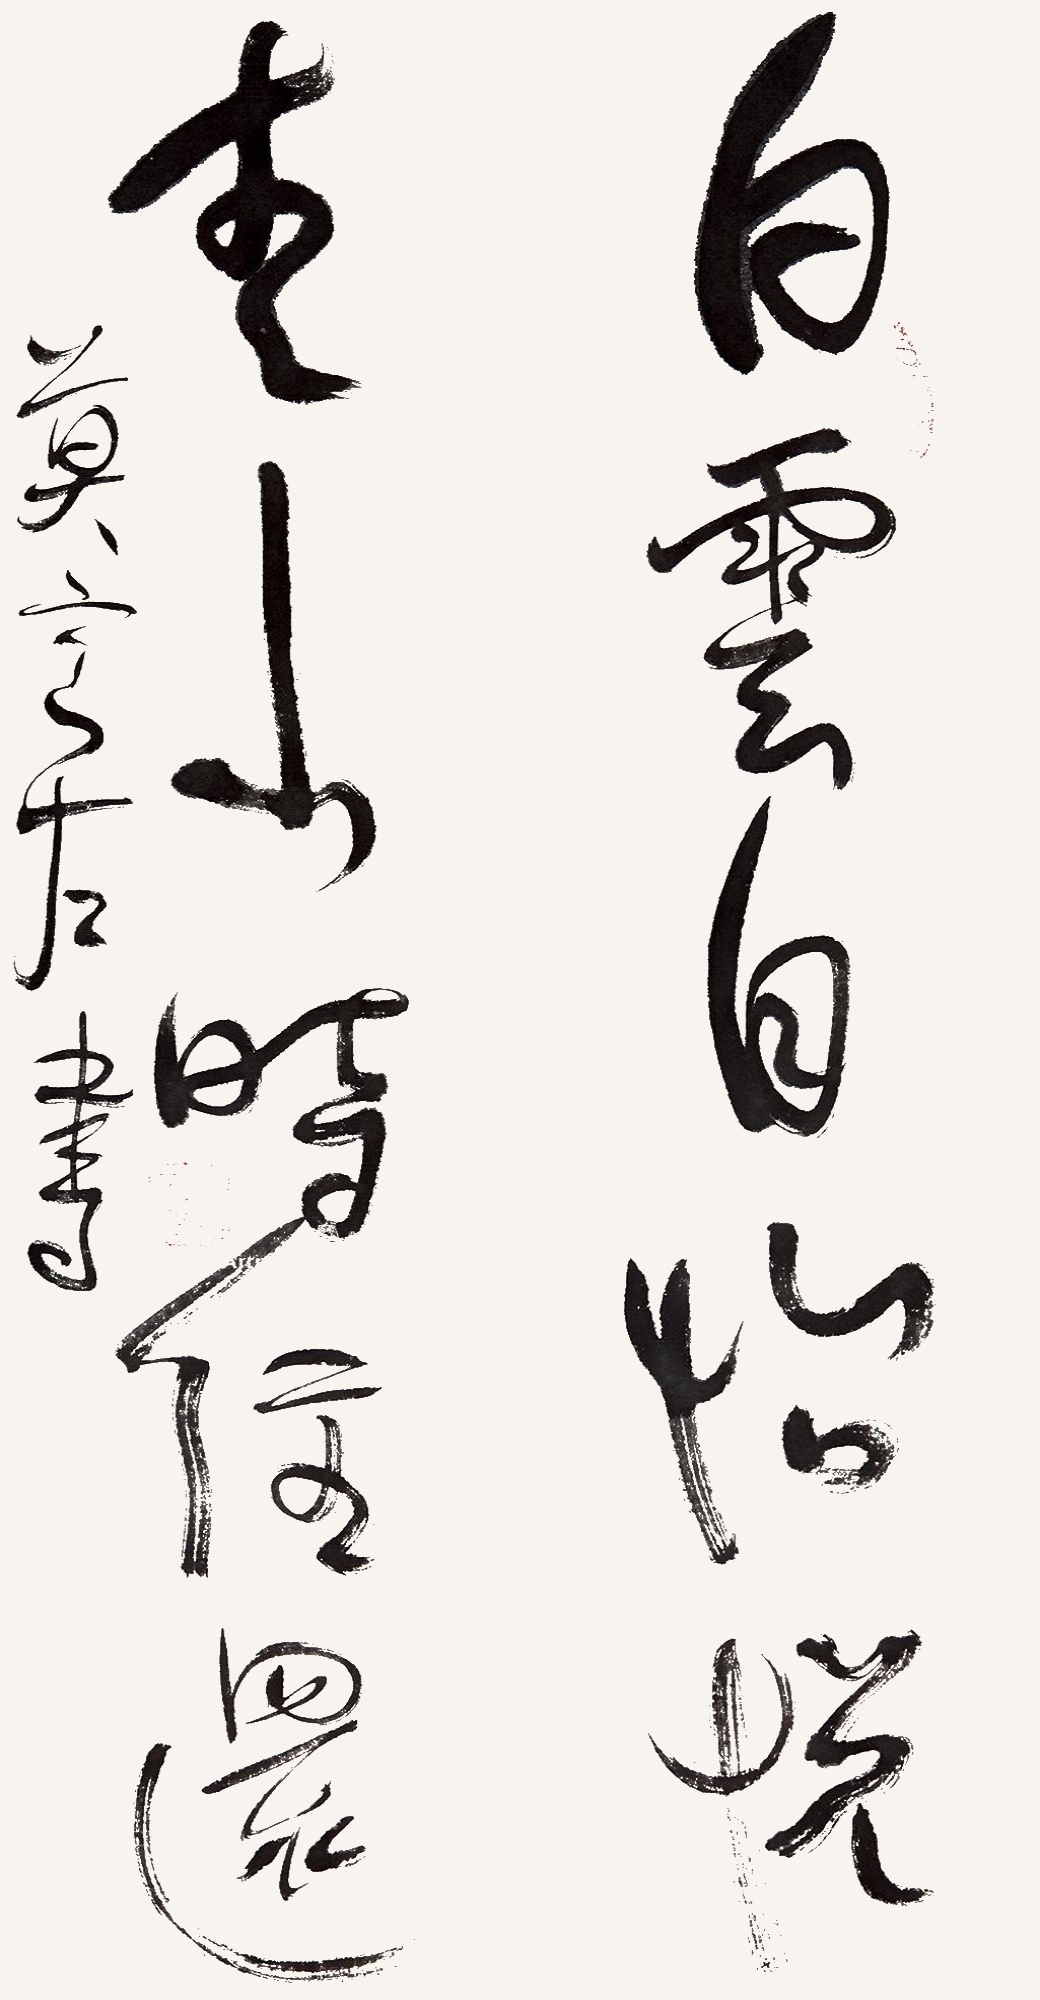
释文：白云自怡悦，青山时往还。莫言左书。